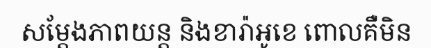
សម្តែងភាពយន្ត និងខារ៉ាអូខេ ពោលគឺមិន